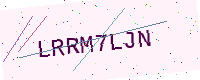
Text: LRRM7LJN